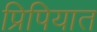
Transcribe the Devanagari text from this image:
प्रिपियात